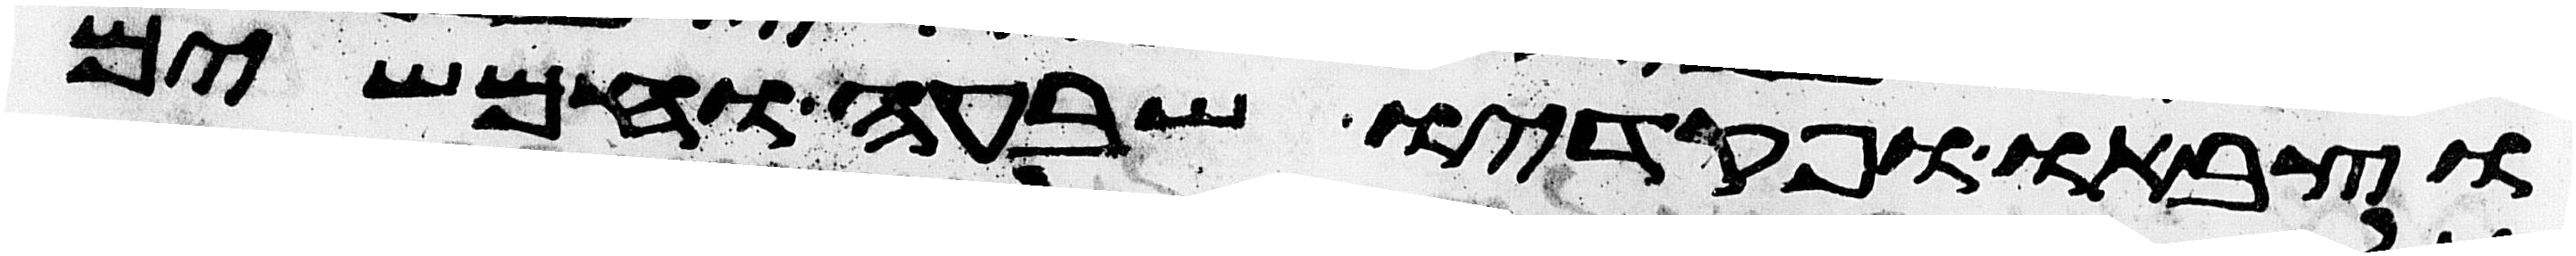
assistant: וצבאו ופקדיו שבעה וחמשים